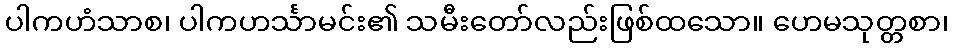
ပါကဟံသာစ၊ ပါကဟင်္သာမင်း၏ သမီးတော်လည်းဖြစ်ထသော။ ဟေမသုတ္တစာ၊